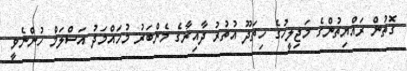
ގޮތުން ރައްޔިތުންގެ މަޖިލީހުގެ ހިތަދޫ އުތުރު ދާއިރާގެ މެންބަރު މުހައްމަދު އަސްލަމް ހުންނެވީ